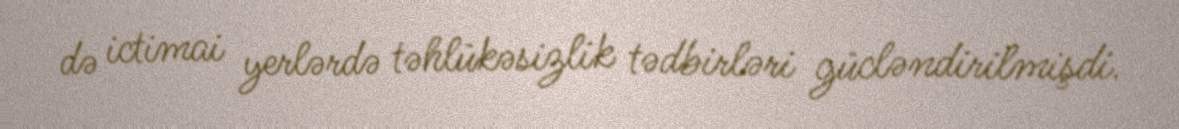
də ictimai yerlərdə təhlükəsizlik tədbirləri gücləndirilmişdi.